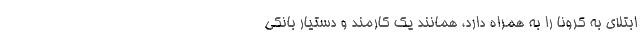
ابتلای به کرونا را به همراه دارد، همانند یک کارمند و دستیار بانکی